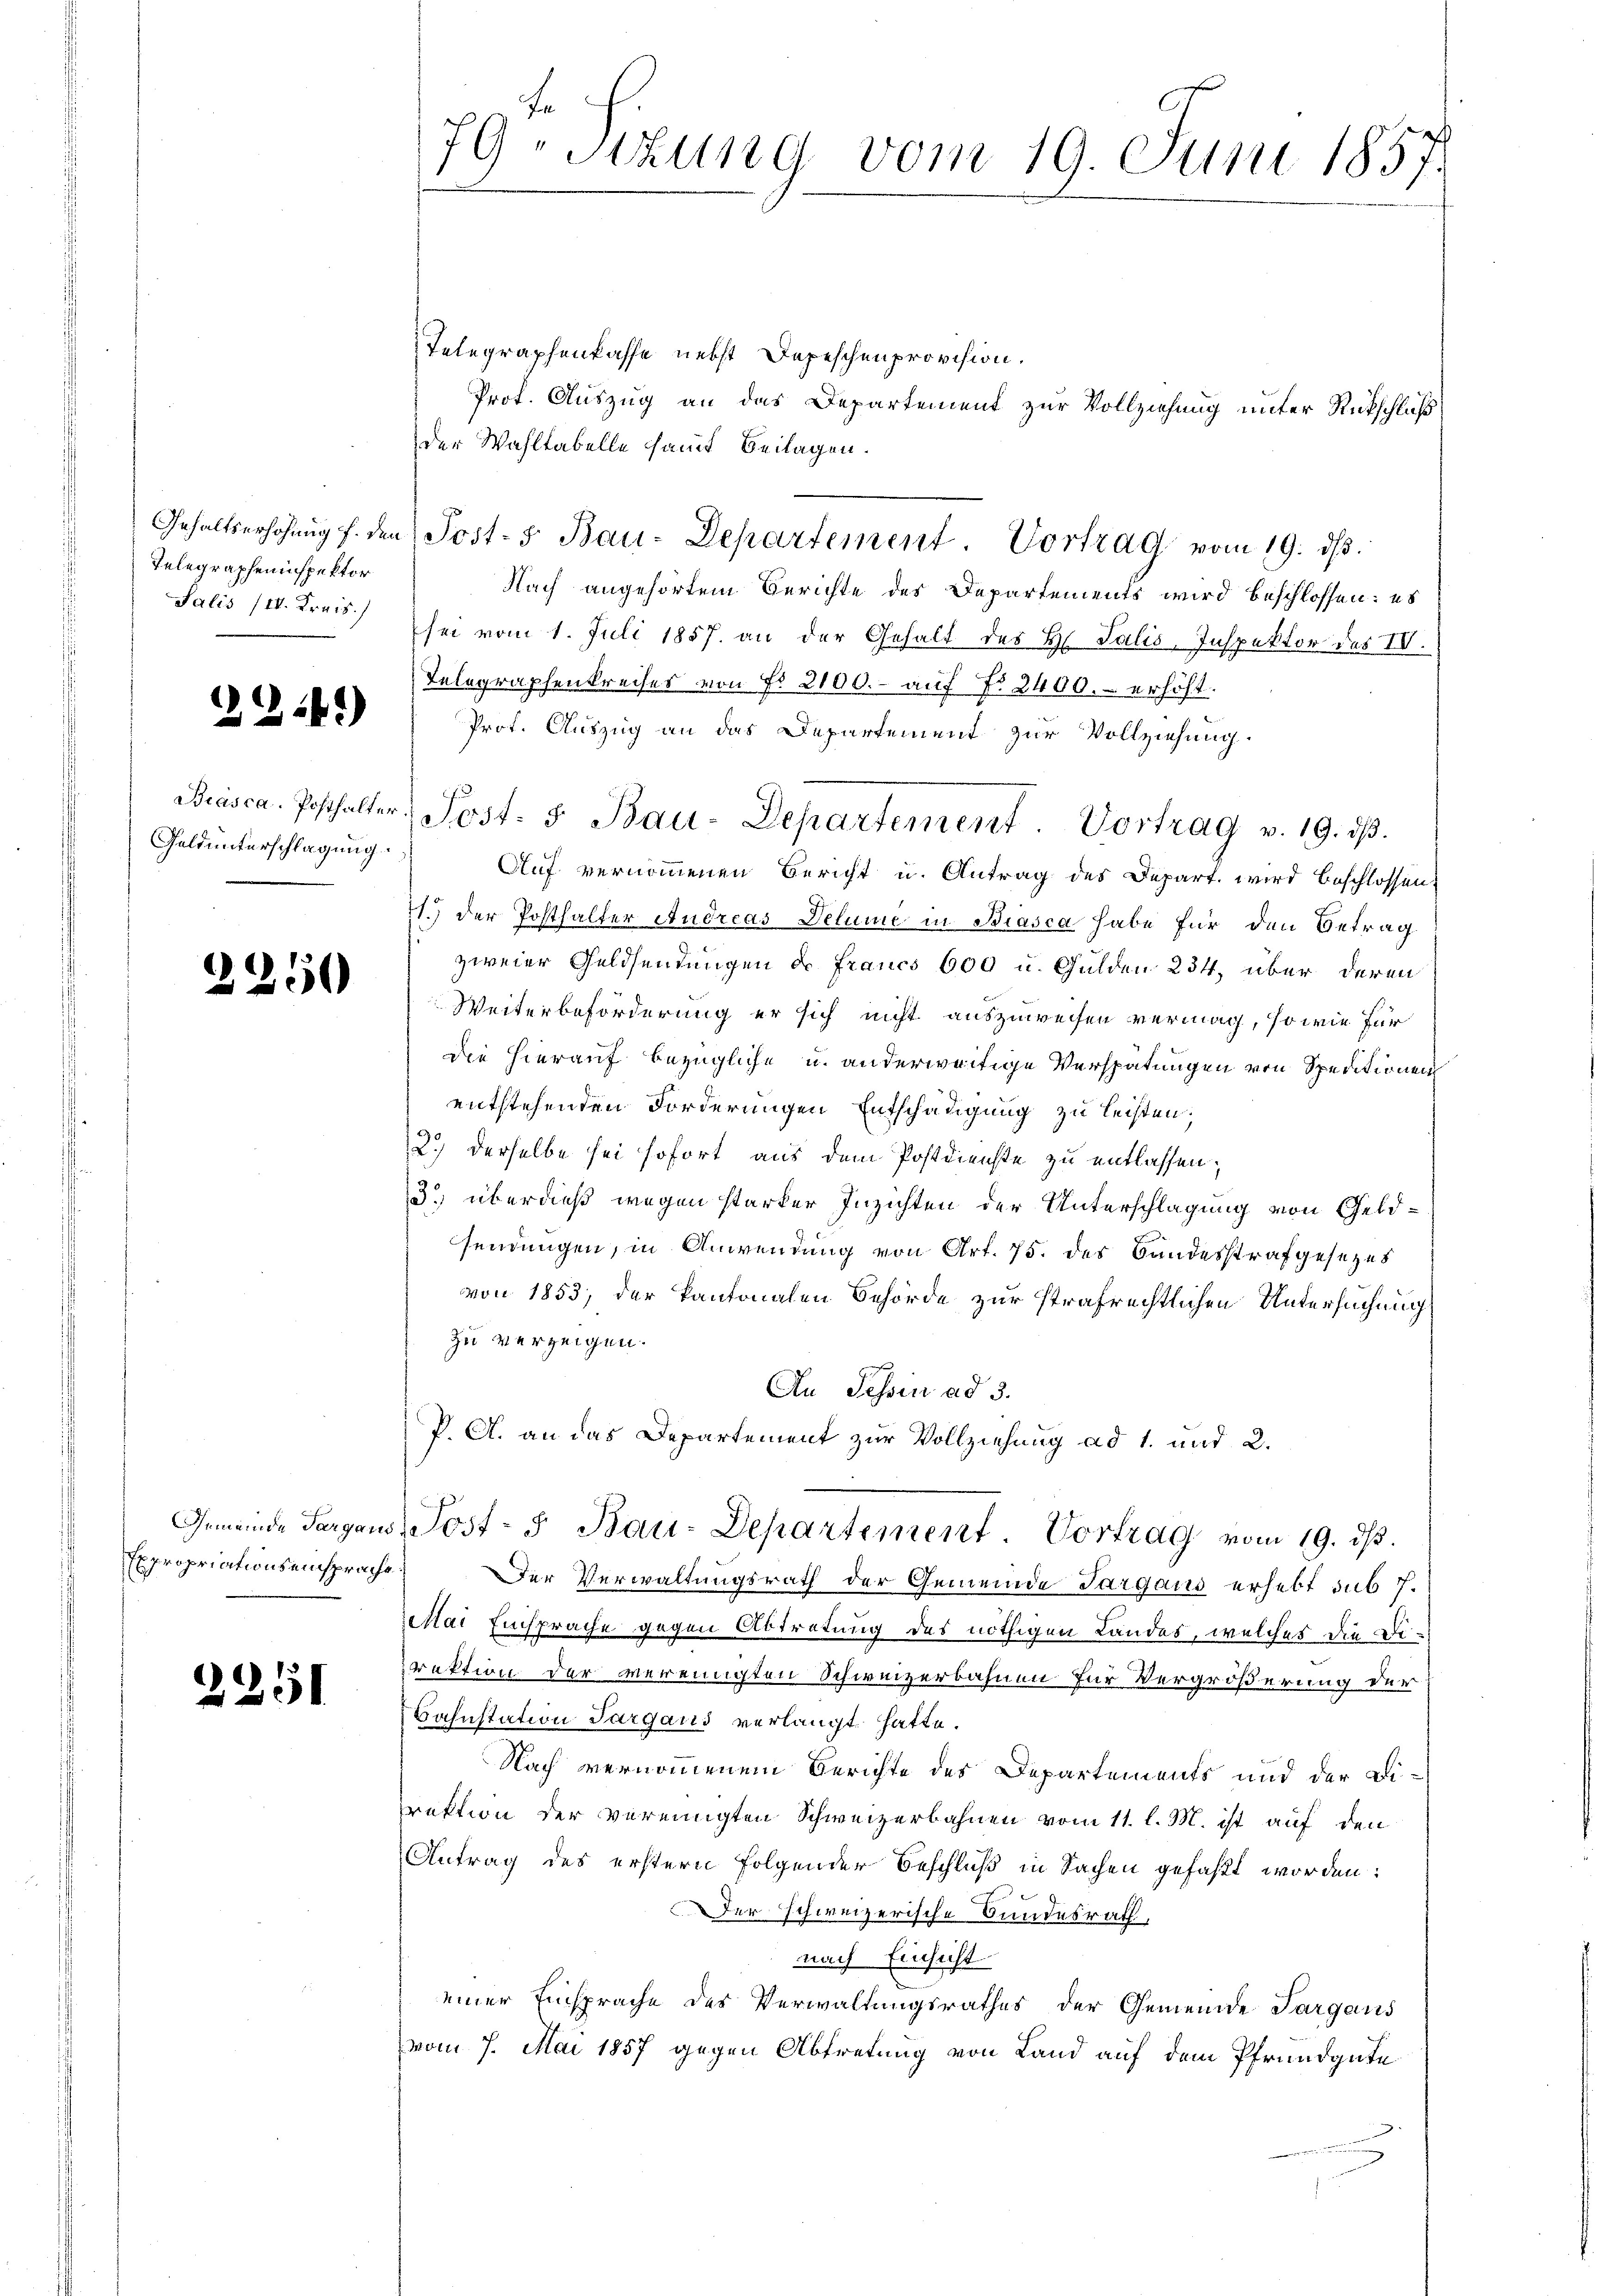
Telegrapheninspektor
Salis (II. Krais.)

1341)

Geld unterschlagung.

2250

Expropriationseinsprachs

2251

t
79 Sizung vom 19. Juni 1857.

Telegraphenkasse nebst Depeschenprovision.
Prof. Auszug an das Departement zur Vollziehung unter Rückschluß
der Wahltabelle samt Beilagen.
Nach angehörtem Berichte des Departements wird beschlossen: es
sei vom 1. Juli 1857. an der Gehalt des H. Talis, Inspektor des IV.
Telegraphenkreises von Fr. 2100.- auf No 2400.- erhöht.
Prot. Auszug an das Departement zur Vollziehung.
Auf vernommenen Bericht u. Antrag des Depart wird beschlossen,
71.) Der Posthalfer Andreas Delume in Biasca habe für den Betrag
zweier Geldsendungen u. Francs 600 u. Gulden 234, über deren
Weiterbeförderung er sich nicht auszuweisen vermag, so wie für
Die hierauf bezügliche u. anderweitige Verspätungen von Speditionen
entstehenden Forderungen Entschädigung zu leisten;
2.) derselbe sei sofort aus dem Postdienste zu entlassen;
3 überdieß wegen starker Inzichten der Unterschlagung von Geldsendungen, in Anwendung von Art. 75. des Bandesstrafgesezes
von 1853, der Kantonalen Behörde zur strafrechtlichen Untersuchung
zu verzeigen.
An Tessin ad 3.
P. A. an das Departement zur Vollziehung ad 1. und 2.
Gemeinde Sargaus, Post- u Bau-Departement. Vortrag vom 19. dβ.
Der Verwaltungsrath der Gemeinde Sargaus erhebt sub 7.
Mai Einsprache gegen Abtretung des nöthigen Landes, welches die Direktion der vereinigten Schweizerbahnen für Vergrößerung der
Kahnstation Sargaus verlangt hatte.
Nach vernommenem Berichte des Departements und der Direktion der vereinigten Schweizerbahnen vom 11. l. M. ist auf den
Antrag des erstern folgender Beschluß in Sachen gefaßt worden:
Der schweizerische Bundesrath,
nach Einsicht
einer Einsprache des Verwaltungsrathes der Gemeinde Sargaus
vom 7. Mai 1857 gegen Abtretung von Land auf dem Pfrundgute

Brasca Posthalter Post- & Bau-Departement Vortrag v. 19. dβ.

Gehaltserhöhŭng f. den Post- & Bau-Departement. Vortrag vom 19. dβ.